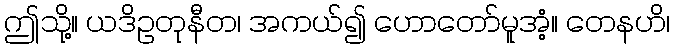
ဤသို့။ ယဒိဥတုနီတ၊ အကယ်၍ ဟောတော်မူအံ့။ တေနဟိ၊